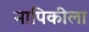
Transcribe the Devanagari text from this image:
नापिकीला